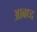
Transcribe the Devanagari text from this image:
आबध्द